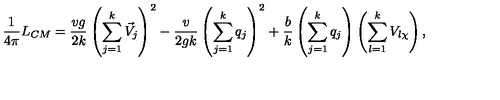
\frac { 1 } { 4 \pi } L _ { C M } = \frac { v g } { 2 k } \left( \sum _ { j = 1 } ^ { k } \vec { V } _ { j } \right) ^ { 2 } - \frac { v } { 2 g k } \left( \sum _ { j = 1 } ^ { k } q _ { j } \right) ^ { 2 } + \frac { b } { k } \left( \sum _ { j = 1 } ^ { k } q _ { j } \right) \left( \sum _ { l = 1 } ^ { k } V _ { l \chi } \right) ,